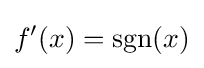
f'(x)=\operatorname {sgn}(x)